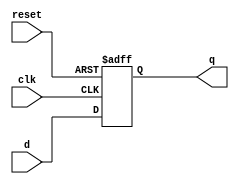
`timescale 1ns / 1ps
//////////////////////////////////////////////////////////////////////////////////
// Company: 
// Engineer: 
// 
// Design Name: 
// Module Name: DFF_2
// Project Name: 
// Target Devices: 
// Tool Versions: 
// Description: 
// 
// Dependencies: 
// 
// Revision:
// Revision 0.01 - File Created
// Additional Comments:
// 
//////////////////////////////////////////////////////////////////////////////////


module DFF_2(q,clk,d,reset);
input clk, d, reset;
output reg q;

// reset is asynchronous
always@(posedge clk, posedge reset)
begin
    if (reset == 1)
    q <= 1'b0;
    
    else
        q <= d;

end


endmodule